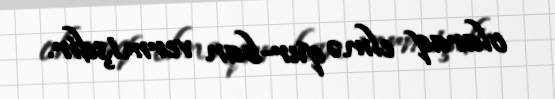
olaraq elmə qur-ban vermişdir.